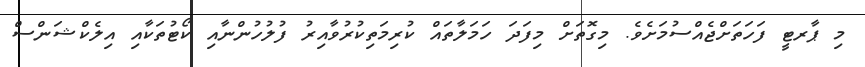
މި ޕާރޓީ ފަހަތަށްޖެއްސުމަށެވެ. މިގޮތަށް މިފަދަ ހަމަލާތައް ކުރިމަތިކުރުވާއިރު ފުލުހުންނާއި ކޯޓުތަކާއި އިލެކްޝަންސް